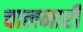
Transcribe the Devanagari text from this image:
चालनारी